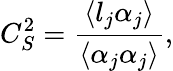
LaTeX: C_{S}^{2}=\frac{\langle l_{j}\alpha_{j}\rangle}{\langle\alpha_{j}\alpha_{j}\rangle},